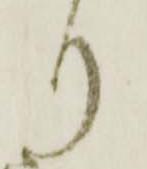
り